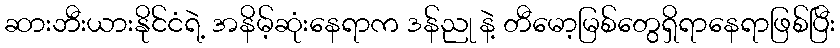
ဆားဘီးယားနိုင်ငံရဲ့ အနိမ့်ဆုံးနေရာက ဒန်ညု နဲ့ တီမော့မြစ်တွေရှိရာနေရာဖြစ်ပြီး